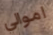
اموالي